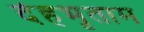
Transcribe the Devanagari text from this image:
देहभृताम